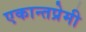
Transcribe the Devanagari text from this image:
एकान्तप्रेमी